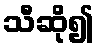
သီဆို၍